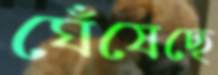
ঘেঁষেছে